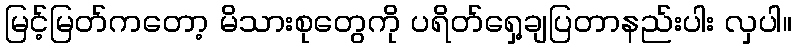
မြင့်မြတ်ကတော့ မိသားစုတွေကို ပရိတ်ရှေ့ချပြတာနည်းပါး လှပါ။